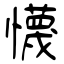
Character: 懱